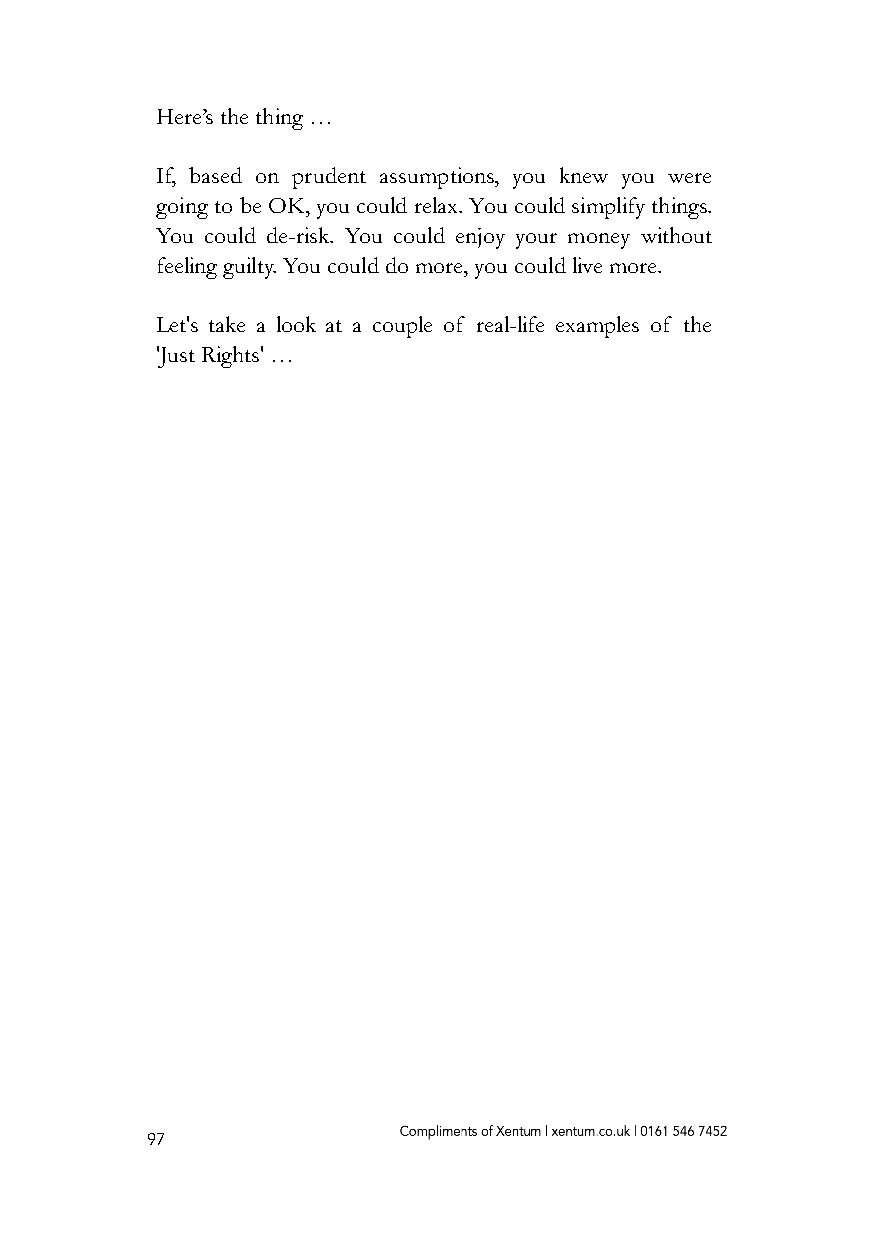
Here’s the thing …
 If, based on prudent assumptions, you knew you were
 going to be OK, you could relax. You could simplify things.
 You could de-risk. You could enjoy your money without
 feeling guilty. You could do more, you could live more.
 Let's take a look at a couple of real-life examples of the
 'Just Rights' …
 97